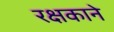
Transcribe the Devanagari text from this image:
रक्षकाने